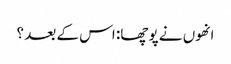
انھوں نے پوچھا: اس کے بعد ؟